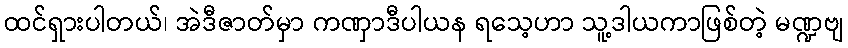
ထင်ရှားပါတယ်၊ အဲဒီဇာတ်မှာ ကဏှာဒီပါယန ရသေ့ဟာ သူ့ဒါယကာဖြစ်တဲ့ မဏ္ဍဗျ